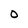
Character: O